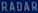
RADAR